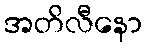
အတိလီနော